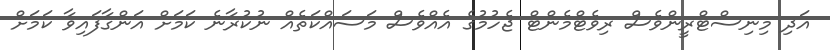
އަދި މިނިސްޓްރީންވެސް ރިވެޓްމެންޓް ޖެހުމުގެ އެއްވެސް މަސައްކަތެއް ނުކުރާނެ ކަމަށް އަންގާފައިވާ ކަމަށް